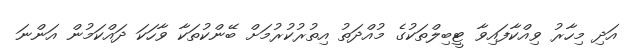
އަދި މިހާރު ވިއްކާފައިވާ ޓީބިލްތަކުގެ މުއްދަތު އިތުރުކުރުމަށް ބޭންކުތަކާ ވާހަކަ ދައްކަމުން އަންނަ